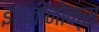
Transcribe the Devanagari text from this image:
इक्वीनोक्स